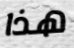
هذا